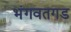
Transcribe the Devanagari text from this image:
भंगवतगड